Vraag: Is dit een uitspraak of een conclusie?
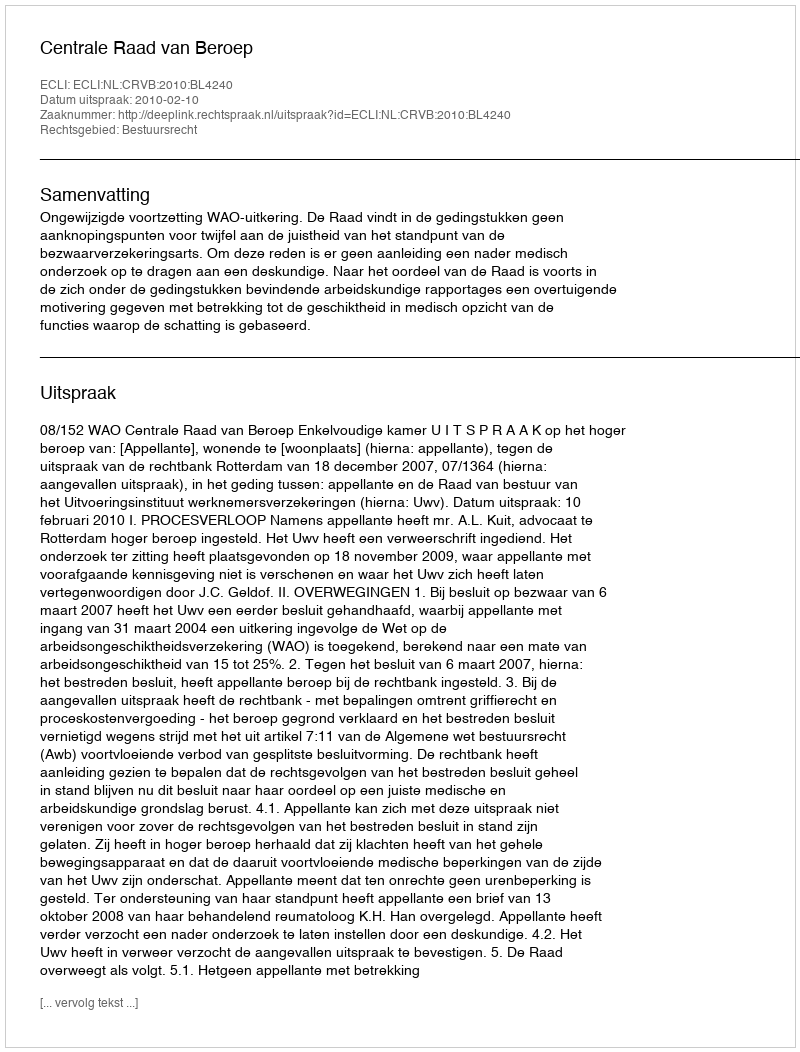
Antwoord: Uitspraak